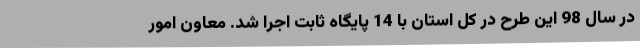
در سال 98 این طرح در کل استان با 14 پایگاه ثابت اجرا شد. معاون امور